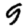
Digit: 9